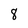
Character: 8